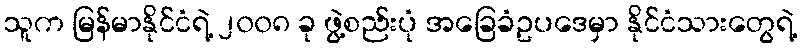
သူက မြန်မာနိုင်ငံရဲ့ ၂၀၀၈ ခု ဖွဲ့စည်းပုံ အခြေခံဥပဒေမှာ နိုင်ငံသားတွေရဲ့